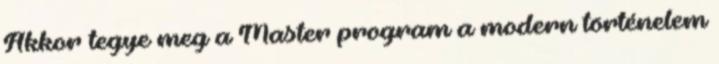
Akkor tegye meg a Master program a modern történelem